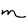
Character: m